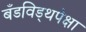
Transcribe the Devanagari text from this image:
बँडविड्थपेक्षा